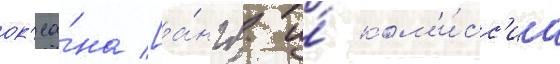
ок'еа́на [а́нгл. и́ ком'и́сс'иа